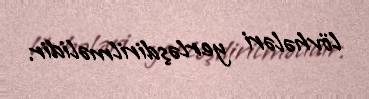
lövhələri yerləşdirilməlidir.